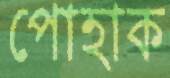
পোহাক